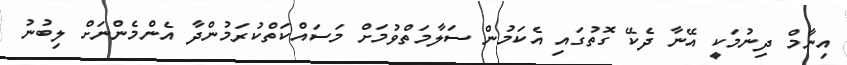
އިނާމް ދިނުމަކީ އޭނާ ދެކޭ ގޮތުގައި އެކަމުން ސަލާމަތްވުމަށް މަސައްކަތްކުރަމުންދާ އެންމެންނަށް ލިބުނު